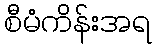
စီမံကိန်းအရ